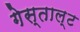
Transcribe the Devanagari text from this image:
गेस्ताल्ट